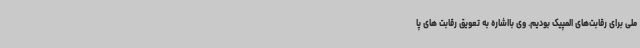
ملی برای رقابت‌های المپیک بودیم. وی بااشاره به تعویق رقابت های پا